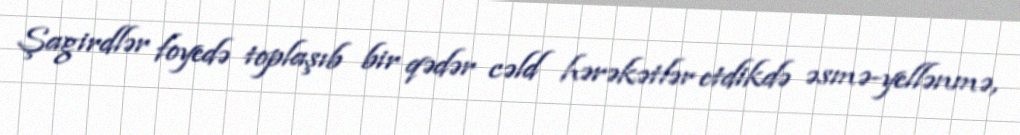
Şagirdlər foyedə toplaşıb bir qədər cəld hərəkətlər etdikdə əsmə-yellənmə,